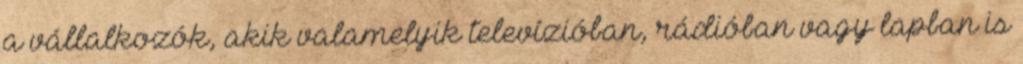
a vállalkozók, akik valamelyik televízióban, rádióban vagy lapban is